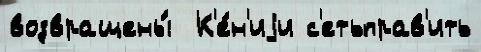
возвращены́  К'е́н'иjи с'етьправ'ить